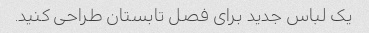
یک لباس جدید برای فصل تابستان طراحی کنید.